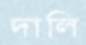
দালি